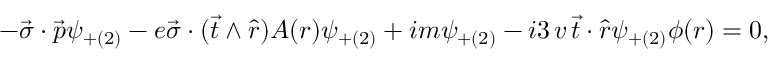
- \vec { \sigma } \cdot \vec { p } \psi _ { + ( 2 ) } - e \vec { \sigma } \cdot ( \vec { t } \wedge \hat { r } ) A ( r ) \psi _ { + ( 2 ) } + i m \psi _ { + ( 2 ) } - i 3 \, v \, \vec { t } \cdot \hat { r } \psi _ { + ( 2 ) } \phi ( r ) = 0 ,